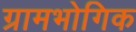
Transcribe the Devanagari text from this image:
ग्रामभोगिक